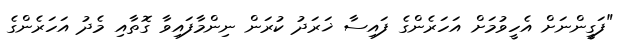
"ފަގީންނަށް އެހީވުމަށް އަހަރެންގެ ފައިސާ ޚަރަދު ކުރަން ނިންމާފައިވާ ގޮތާއި މެދު އަހަރެންގެ